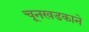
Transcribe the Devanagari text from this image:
चूनखडकाने